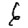
Digit: 6